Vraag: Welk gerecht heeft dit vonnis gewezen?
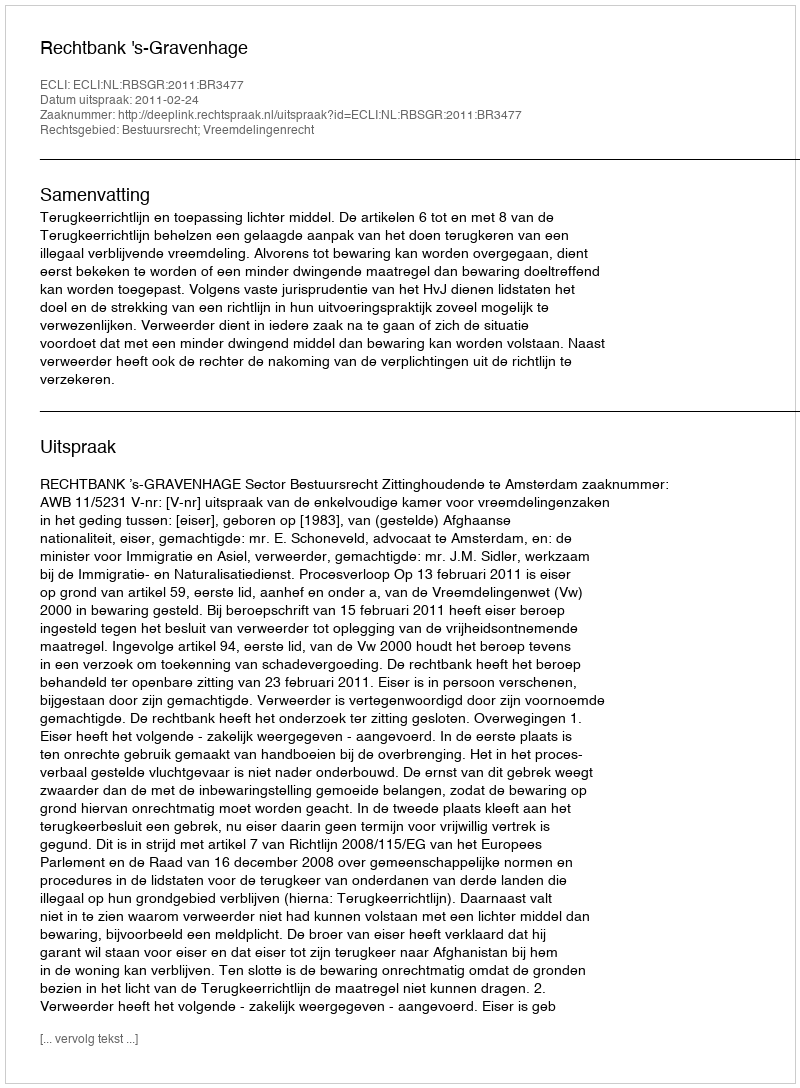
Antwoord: Rechtbank 's-Gravenhage